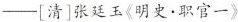
—[清]张廷玉《明史·职官一》